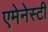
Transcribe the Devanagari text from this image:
एमेनेस्टी